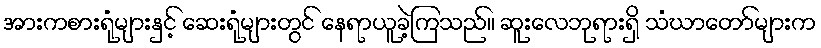
အားကစားရုံများနှင့် ဆေးရုံများတွင် နေရာယူခဲ့ကြသည်။ ဆူးလေဘုရားရှိ သံဃာတော်များက